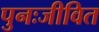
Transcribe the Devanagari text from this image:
पुनःजीवित